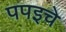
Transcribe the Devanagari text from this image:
पपइचे